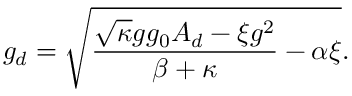
g _ { d } = \sqrt { \frac { \sqrt { \kappa } g g _ { 0 } A _ { d } - \xi g ^ { 2 } } { \beta + \kappa } - \alpha \xi } .